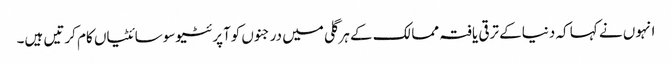
انہوں نے کہا کہ دنیاکے ترقی یافتہ ممالک کے ہرگلی میں درجنوں کوآپرئٹیوسوسائٹیاں کام کرتیں ہیں۔